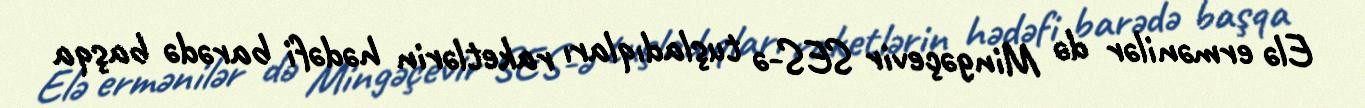
Elə ermənilər də Mingəçevir SES-ə tuşladıqları raketlərin hədəfi barədə başqa